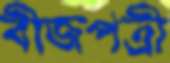
বীজপত্রী